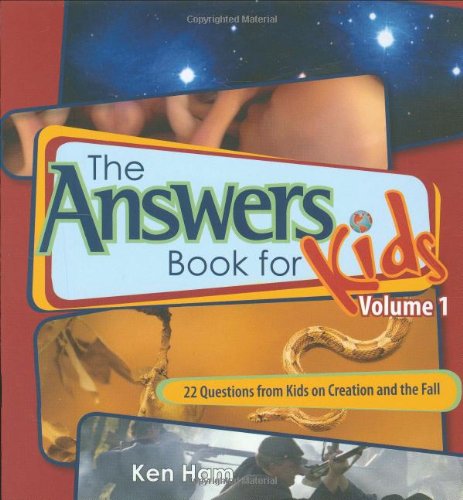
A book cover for Answers Book for Kids Volume 1; Ken Ham; Christian Books & Bibles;